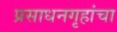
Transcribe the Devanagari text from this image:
प्रसाधनगृहांचा